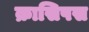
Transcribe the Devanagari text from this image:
क्रासिपस